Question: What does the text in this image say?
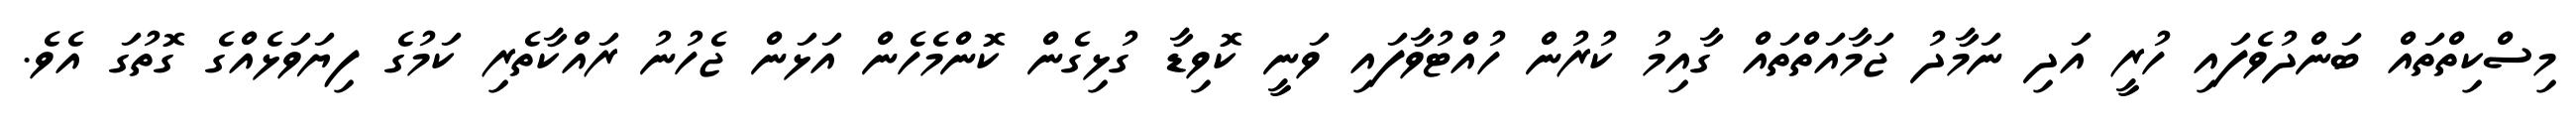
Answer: މިސްކިތްތައް ބަންދުވެފައި ހުރީ އަދި ނަމާދު ޖަމާއަތްތައް ގާއިމު ކުރުން ހުއްޓުވާފައި ވަނީ ކޮވިޑާ ގުޅިގެން ކޮންމެހެން އަޅަން ޖެހުނު ރައްކާތެރި ކަމުގެ ފިޔަވަޅެއްގެ ގޮތުގަ އެވެ.